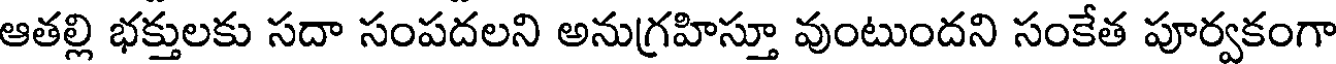
ఆతల్లి భక్తులకు సదా సంపదలని అనుగ్రహిస్తూ వుంటుందని సంకేత పూర్వకంగా